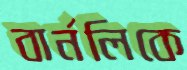
বার্নলিকে